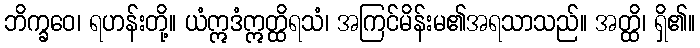
ဘိက္ခဝေ၊ ရဟန်းတို့။ ယံဣဒံဣတ္ထိရသံ၊ အကြင်မိန်းမ၏အရသာသည်။ အတ္ထိ၊ ရှိ၏။